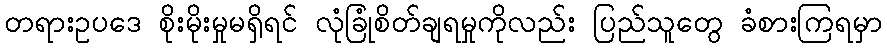
တရားဥပဒေ စိုးမိုးမှုမရှိရင် လုံခြုံစိတ်ချရမှုကိုလည်း ပြည်သူတွေ ခံစားကြရမှာ